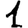
Digit: 1